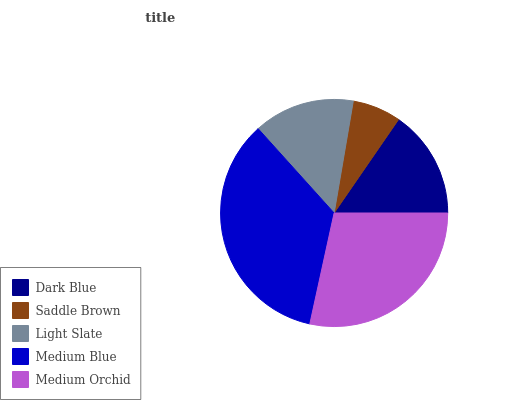
| Dark Blue | Saddle Brown | Light Slate | Medium Blue | Medium Orchid |
 | --- | --- | --- | --- | --- |
 | 15.4% | 6.91% | 14.4% | 34.8% | 28.5% |